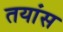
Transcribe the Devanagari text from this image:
तयांस